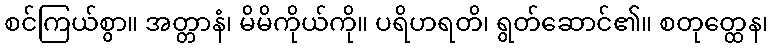
စင်ကြယ်စွာ။ အတ္တာနံ၊ မိမိကိုယ်ကို။ ပရိဟရတိ၊ ရွတ်ဆောင်၏။ စတုတ္ထေန၊